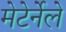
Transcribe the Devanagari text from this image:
मेटेर्नेले